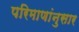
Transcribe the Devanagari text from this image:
परिमाणांनुसार